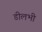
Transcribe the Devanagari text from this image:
डीलभी